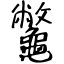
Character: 龞